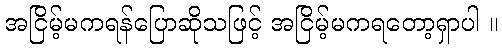
အငြိမ့်မကရန်ပြောဆိုသဖြင့် အငြိမ့်မကရတော့ရှာပါ ။